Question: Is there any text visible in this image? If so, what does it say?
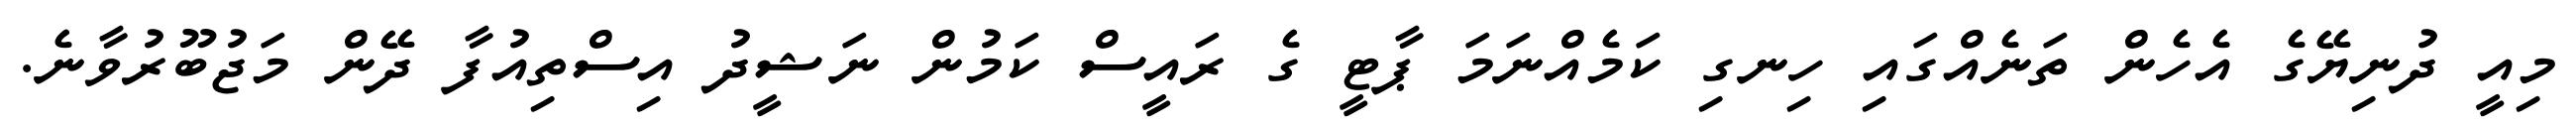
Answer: މިއީ ދުނިޔޭގެ އެހެން ތަނެއްގައި ހިނގި ކަމެއްނަމަ ޕާޓީ ގެ ރައީސް ކަމުން ނަޝީދު އިސްތިއުފާ ދޭން މަޖުބޫރުވާނެ.